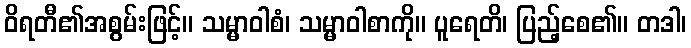
ဝိရတီ၏အစွမ်းဖြင့်။ သမ္မာဝါစံ၊ သမ္မာဝါစာကို။ ပူရေတိ၊ ပြည့်စေ၏။ တဒါ၊